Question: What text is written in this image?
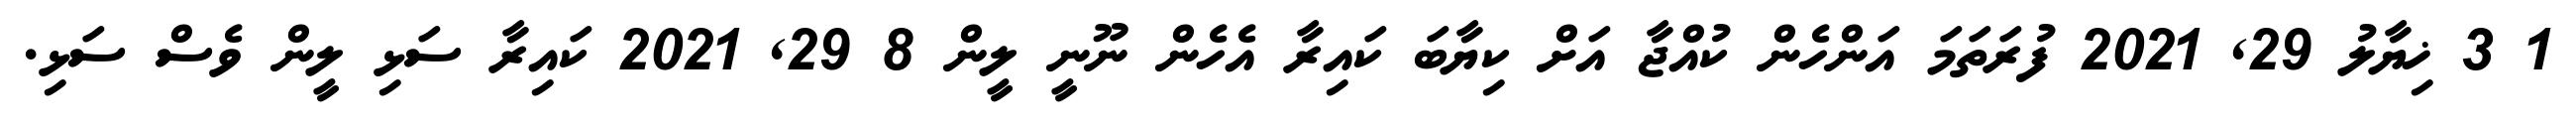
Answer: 1 3 ޚިޔާލު 29, 2021 ފުރަތަމަ އަންހެން ކުއްޖާ އަށް ކިޔާބަ ކައިރާ އެހެން ނޫނީ ލީން 8 29, 2021 ކައިރާ ސަޅި ލީން ވެސް ސަޅި.